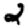
Digit: 2